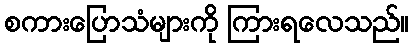
စကားပြောသံများကို ကြားရလေသည်။